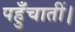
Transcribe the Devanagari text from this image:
पहुँचातीं।